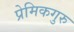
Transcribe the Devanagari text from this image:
प्रेमिकगुरु